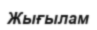
Жығылам